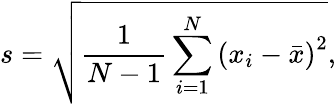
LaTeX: s={\sqrt{{\frac{1}{N-1}}\sum_{i=1}^{N}\left(x_{i}-{\bar{x}}\right)^{2}}},